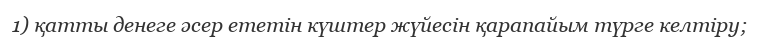
1) қатты денеге әсер ететін күштер жүйесін қарапайым түрге келтіру;